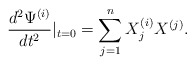
\begin{align*}\frac{d^{2}\Psi^{(i)}}{dt^{2}}|_{t=0}=\sum_{j=1}^{n}X_{j}^{(i)}X^{(j)}.\end{align*}